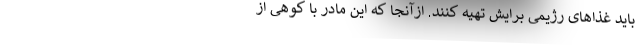
باید غذاهای رژیمی برایش تهیه کنند. ازآنجا که این مادر با کوهی از